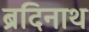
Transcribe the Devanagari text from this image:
ब्रदिनाथ